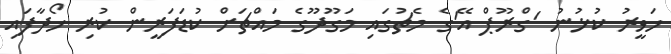
ހަވީރު ކުޅުނު 'ގްރޫޕް އޭ'ގެ މެޗުގައި މަގޫދޫގެ މައްޗަށް ކުޑަފަރީން ކުރި ހޯދާފައި